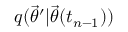
q ( \ensuremath { \vec { \theta } } ^ { \prime } | \ensuremath { \vec { \theta } } ( t _ { n - 1 } ) )